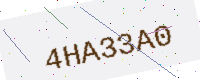
Text: 4HA33A0